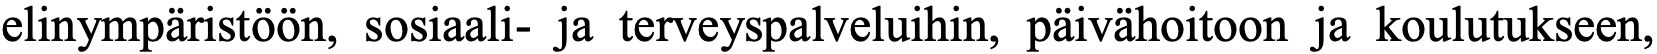
elinympäristöön, sosiaali- ja terveyspalveluihin, päivähoitoon ja koulutukseen,